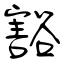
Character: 豁